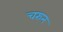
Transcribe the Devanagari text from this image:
चरुन